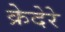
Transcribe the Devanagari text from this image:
क्रेदेरे